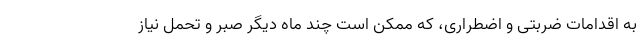
به اقدامات ضربتی و اضطراری، که ممکن است چند ماه دیگر صبر و تحمل نیاز